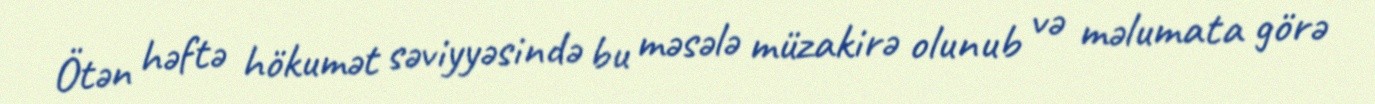
Ötən həftə hökumət səviyyəsində bu məsələ müzakirə olunub və məlumata görə